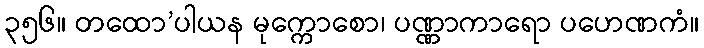
၃၅၆။ တထော’ပါယန မုက္ကောစော၊ ပဏ္ဏာကာရော ပဟေဏကံ။